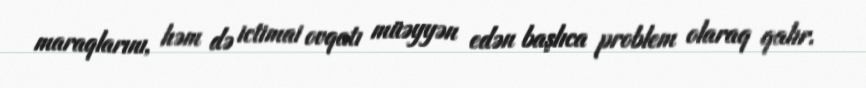
maraqlarını, həm də ictimai ovqatı müəyyən edən başlıca problem olaraq qalır.